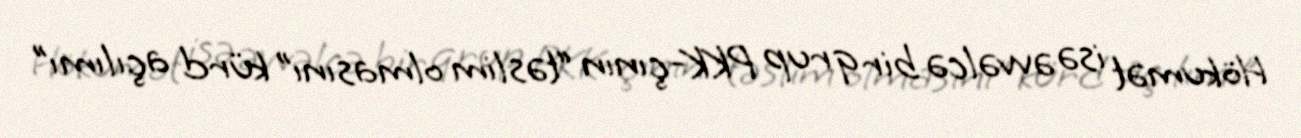
Hökumət isə əvvəlcə bir qrup PKK-çının “təslim olmasını” kürd açılımı”